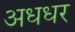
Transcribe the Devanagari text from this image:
अधधर